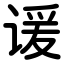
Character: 谖